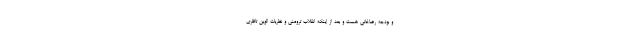
و بودجه رضاخانی هست و بعد از اینکه انقلاب ترومنی و نظریات الوین تافلری